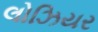
લોઝિયર